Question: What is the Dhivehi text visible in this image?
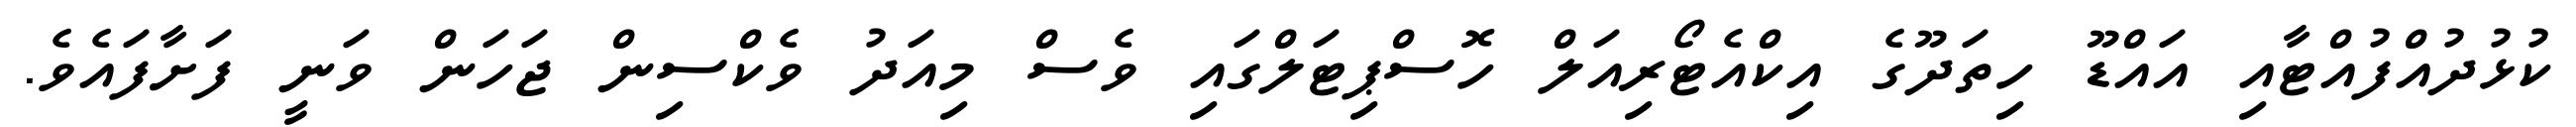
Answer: ކުޅުދުއްފުއްޓާއި އައްޑޫ ހިތަދޫގެ އިކްއެޓޯރިއަލް ހޮސްޕިޓަލްގައި ވެސް މިއަދު ވެކްސިން ޖަހަން ވަނީ ފަށާފައެވެ.